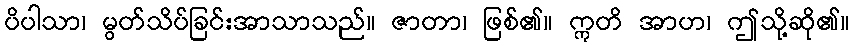
ပိပါသာ၊ မွတ်သိပ်ခြင်းအာသာသည်။ ဇာတာ၊ ဖြစ်၏။ ဣတိ အာဟ၊ ဤသို့ဆို၏။